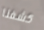
كشفنا